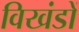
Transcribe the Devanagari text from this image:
विखंडों